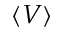
\langle V \rangle